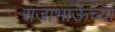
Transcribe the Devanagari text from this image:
राजाभाऊंच्या